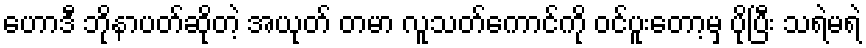
ဟောဒီ ဘိုနာပတ်ဆိုတဲ့ အယုတ် တမာ လူသတ်ကောင်ကို ဝင်ပူးတော့မှ ပိုပြီး သရဲမရဲ